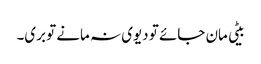
بیٹی مان جائے تو دیوی نہ مانے تو بری۔